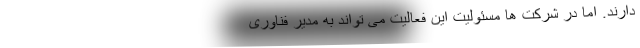
دارند. اما در شرکت ها مسئولیت این فعالیت می تواند به مدیر فناوری